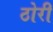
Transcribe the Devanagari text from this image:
ठोरी